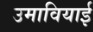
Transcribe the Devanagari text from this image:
उमावियाई